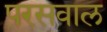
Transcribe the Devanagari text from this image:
परसवाल